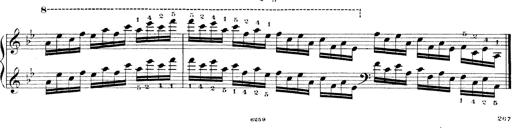
Title: Technische Studien
Composer: Franz Liszt